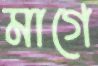
মাগে